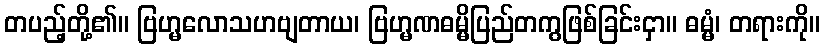
တပည့်တို့၏။ ဗြဟ္မလောသဟဗျတာယ၊ ဗြဟ္မဏဓမ္မိပြည်တကွဖြစ်ခြင်းငှာ။ ဓမ္မံ၊ တရားကို။